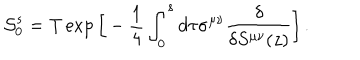
{ \cal S } _ { 0 } ^ { s } = \mathrm { T } \exp \Big [ - { \frac { 1 } { 4 } } \int _ { 0 } ^ { s } d \tau \sigma ^ { \mu \nu } { \frac { \delta } { \delta S ^ { \mu \nu } ( z ) } } \Big ] \, .